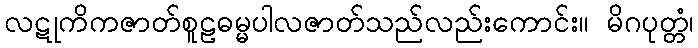
လဋုကိကဇာတ်စူဠဓမ္မပါလဇာတ်သည်လည်းကောင်း။ မိဂပုတ္တံ၊